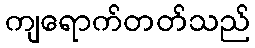
ကျရောက်တတ်သည်